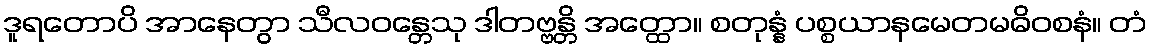
ဒူရတောပိ အာနေတွာ သီလဝန္တေသု ဒါတဗ္ဗန္တိ အတ္ထော။ စတုန္နံ ပစ္စယာနမေတမဓိဝစနံ။ တံ